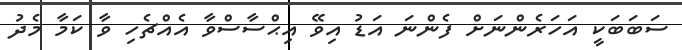
ސަބަބަކީ އަހަރެންނަށް ފެންނަ އަޑު އިވޭ އިޙްސާސްވާ އެއްޗެހި ވާ ކަމާ މެދު